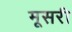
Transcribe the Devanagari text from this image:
मूसरी